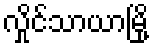
လှိုင်သာယာမြို့